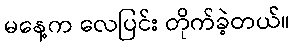
မနေ့က လေပြင်း တိုက်ခဲ့တယ်။